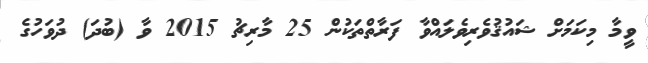
ވީމާ މިކަމަށް ޝައުޤުވެރިވެލައްވާ ފަރާތްތަކުން 25 މާރިޗު 2015 ވާ (ބުދަ) ދުވަހުގެ